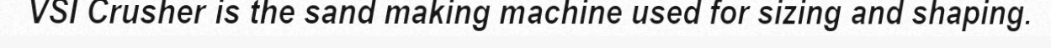
VSI Crusher is the sand making machine used for sizing and shaping.